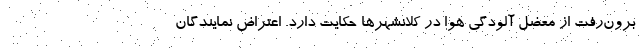
برون‌رفت از معضل آلودگی هوا در کلانشهرها حکایت دارد. اعتراض نمایندگان